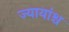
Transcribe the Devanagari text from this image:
ज्यायांश्च